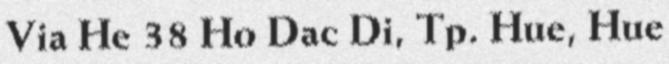
Via He 38 Ho Dac Di, Tp. Hue, Hue